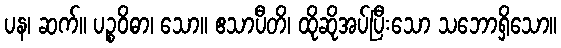
ပန၊ ဆက်။ ပဉ္စဝိဓာ၊ သော။ ဧသာပီတိ၊ ထိုဆိုအပ်ပြီးသော သဘောရှိသော။